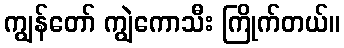
ကျွန်တော် ကျွဲကောသီး ကြိုက်တယ်။